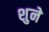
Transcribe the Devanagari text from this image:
शुने